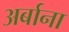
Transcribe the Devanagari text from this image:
अर्बाना